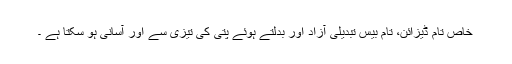
خاص تام ڈیزائن، تام بیس تبدیلی آزاد اور بدلتے ہوئے پتی کی تیزی سے اور آسانی ہو سکتا ہے ۔